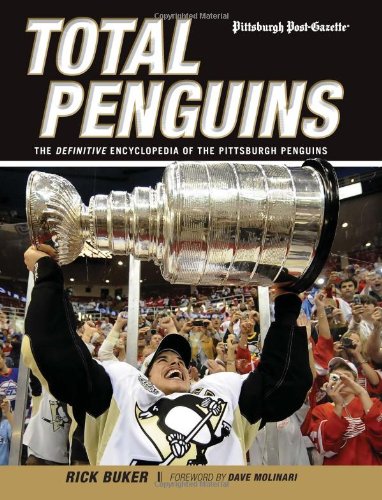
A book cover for Total Penguins: The Definitive Encyclopedia of the Pittsburgh Penguins; Rick Buker; Travel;